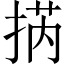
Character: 㨅